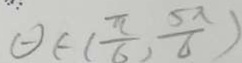
\theta \in ( \frac { \pi } { 6 } , \frac { 5 \pi } { 6 } )